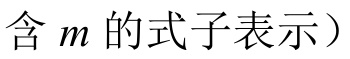
含 \(m\) 的式子表示）